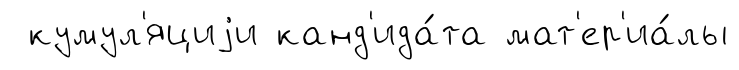
кумул'яциjи канд'ида́та мат'ер'иа́лы